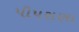
પીપરાણા